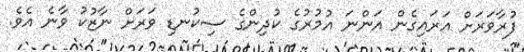
ފުރާވަރަށް އަރައިގެން އަންނަ އުމުރުގެ ކުދިންގެ ސިކުނޑި ވަރަށް ނާޒުކު ވާނެ އެވެ.